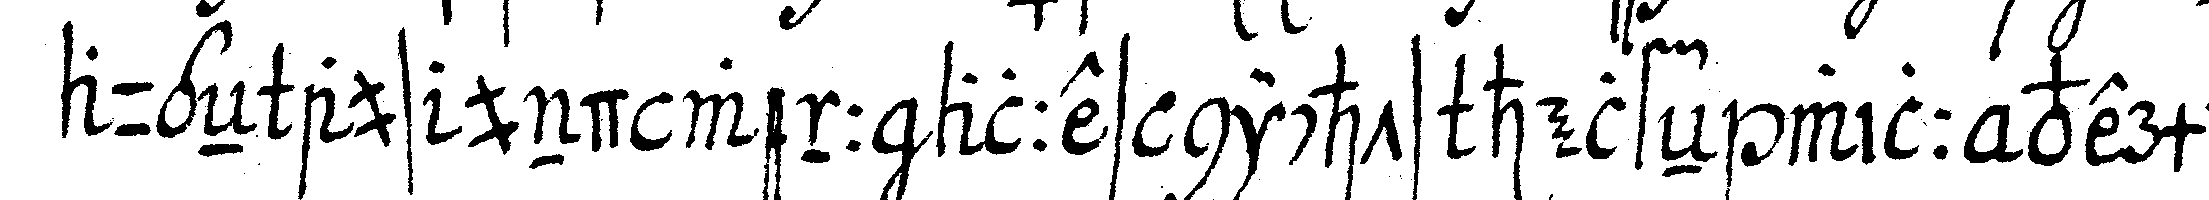
augeN aus und wenn alles nichts helfeN will vermel